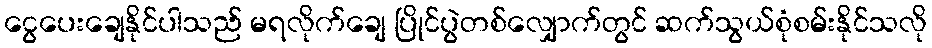
ငွေပေးချေနိုင်ပါသည် မရလိုက်ချေ ပြိုင်ပွဲတစ်လျှောက်တွင် ဆက်သွယ်စုံစမ်းနိုင်သလို